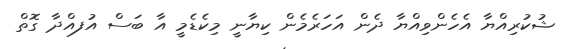
ޝުކުރިއްޔާ އެހެންވިއްޔާ ދެން އަހަރެމެން ކިޔާނީ މިކެޑެމީ އާ ބަސް އުފއްދާ ގޮތް